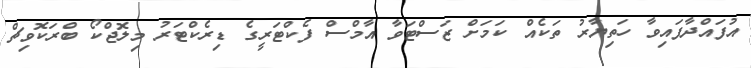
އުފައްދާފައިވާ ހަތިޔާރު ތަކެއް ކަމަށް ޒަސްޓަވާ އާމްސް ފެކްޓަރީގެ ޑިރެކްޓަރު މިލޮޖްކޯ ބްރަކޮވިޗް